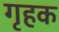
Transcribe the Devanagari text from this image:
गृहक